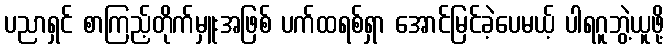
ပညာရှင် စာကြည့်တိုက်မှူးအဖြစ် ပက်ထရစ်ရှာ အောင်မြင်ခဲ့ပေမယ့် ပါရဂူဘွဲ့ယူဖို့